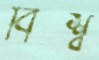
বিশ্ব